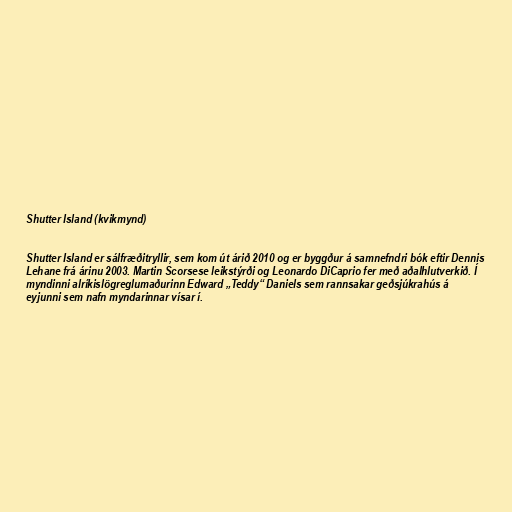
Shutter Island (kvikmynd)

Shutter Island er sálfræðitryllir, sem kom út árið 2010 og er byggður á samnefndri bók eftir Dennis
Lehane frá árinu 2003. Martin Scorsese leikstýrði og Leonardo DiCaprio fer með aðalhlutverkið. Í
myndinni alríkislögreglumaðurinn Edward „Teddy“ Daniels sem rannsakar geðsjúkrahús á
eyjunni sem nafn myndarinnar vísar í.